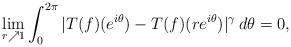
LaTeX: \begin{align*}\lim_{r\nearrow 1} \int_0^{2\pi} |T(f)(e^{i\theta}) - T(f)(re^{i\theta})|^\gamma \,d\theta = 0, \end{align*}